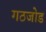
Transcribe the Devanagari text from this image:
गठजोड